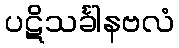
ပဋိသင်္ခါနဗလံ